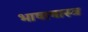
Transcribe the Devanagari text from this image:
भाषाषास्त्र